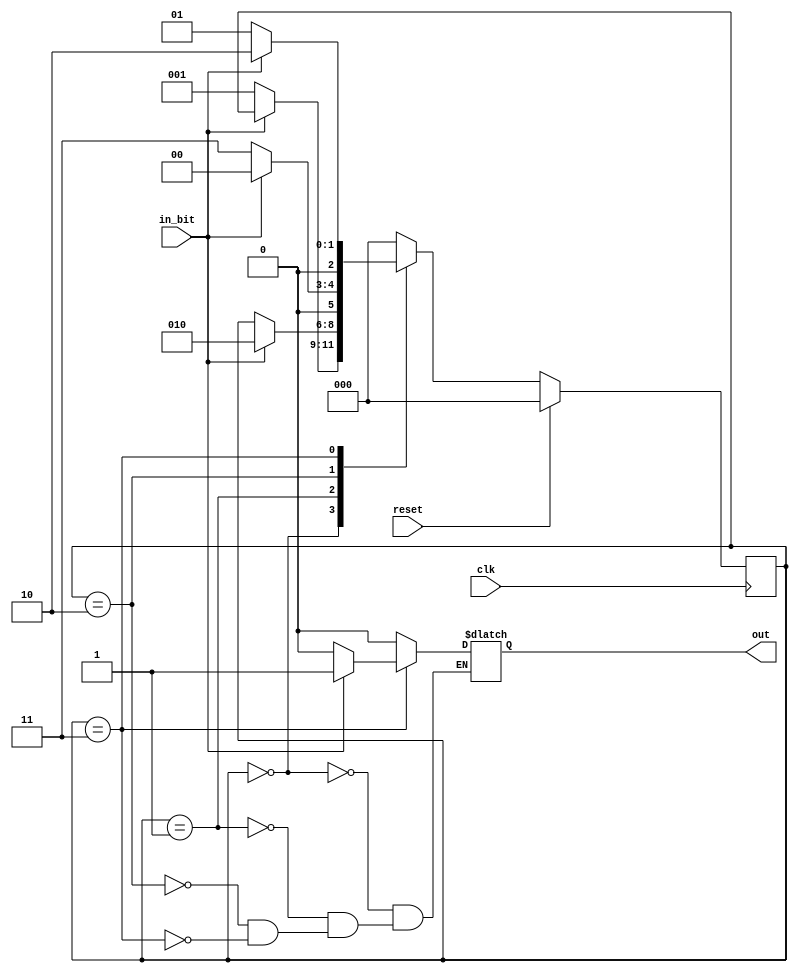
`timescale 1ns / 1ps
//////////////////////////////////////////////////////////////////////////////////
// Company: 
// Engineer: 
// 
// Design Name: 
// Module Name: mealy_0101_detector
// Project Name: 
// Target Devices: 
// Tool Versions: 
// Description: 
// 
// Dependencies: 
// 
// Revision:
// Revision 0.01 - File Created
// Additional Comments:
// 
//////////////////////////////////////////////////////////////////////////////////


module mealy_0101_detector(
input in_bit,clk,reset,
output reg out);

reg [2:0] cs, ns;

parameter S0 = 2'b00,
          S1 = 2'b01,
          S2 = 2'b10,
          S3 = 2'b11;
          
always@(posedge clk)
          begin
                    if (reset)
                    cs <= S0;
                    else
                      cs <= ns;
          end
                   

always @(cs or in_bit)
 begin
 case (cs)
   S0: if (in_bit == 1'b0)
          begin
         ns = S1;
          out=1'b0;
          end
          
      else
            begin
             ns = cs;
             out=1'b0;
             end
   S1: if (in_bit == 1'b1)
          begin
        ns = S2;
          out=1'b0;
          end
       else
          begin
          ns = cs;
          out=1'b0;
          end
   S2: if (in_bit == 1'b0)
          begin
         ns = S3;
          out=1'b0;
          end    
            else
          begin
          ns = S0;
          out=1'b0;
          end
   S3: if (in_bit == 1'b1)
          begin
         ns = S2;
          out=1'b1;
          end
       else
          begin
          ns = S1;
          out=1'b0;
          end

   default: ns = S0;
  endcase
end

endmodule